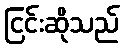
ငြင်းဆိုသည်